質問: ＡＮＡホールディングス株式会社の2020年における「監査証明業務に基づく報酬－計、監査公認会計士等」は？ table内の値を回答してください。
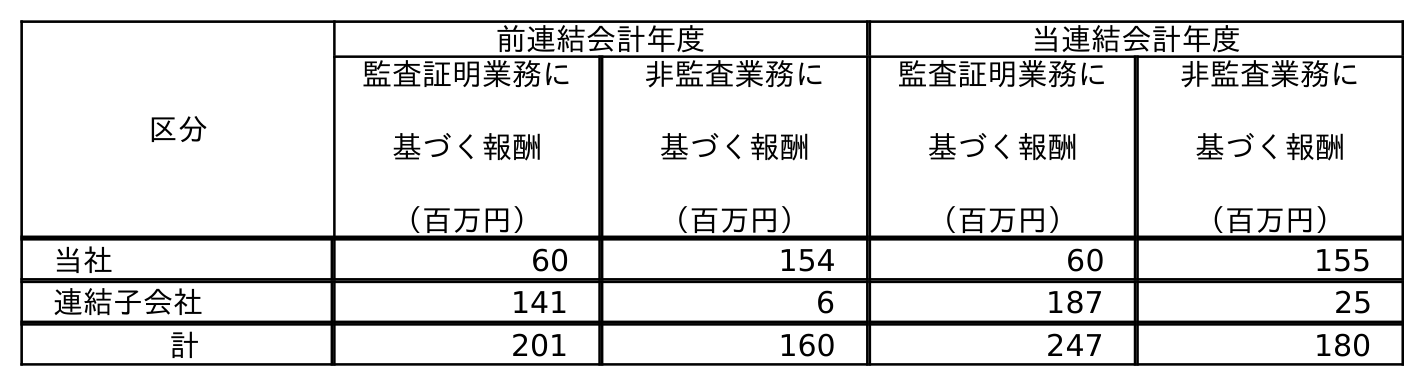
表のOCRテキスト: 区分 前連結会計年度 当連結会計年度 監査証明業務に 基づく報酬 （百万円） 非監査業務に 基づく報酬 （百万円） 監査証明業務に 基づく報酬 （百万円） 非監査業務に 基づく報酬 （百万円） 当社 60 154 60 155 連結子会社 141 6 187 25 計 201 160 247 180
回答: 247